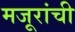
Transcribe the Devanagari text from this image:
मजूरांची